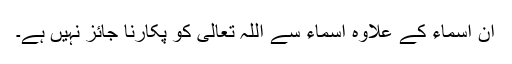
ان اسماء کے علاوہ اسماء سے اللہ تعالیٰ کو پکارنا جائز نہیں ہے۔